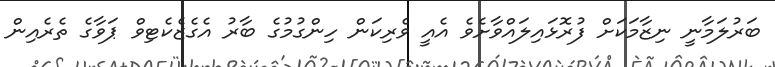
ބަރުލަމާނީ ނިޒާމަކަށް ފުރޮޅައިލައްވާށެވެ އެއީ ވެރިކަން ހިންގުމުގެ ބާރު އެގެޒެކެޓިވް ޕަވާގެ ތެރެއިން